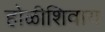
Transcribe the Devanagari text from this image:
होळीशिवाय